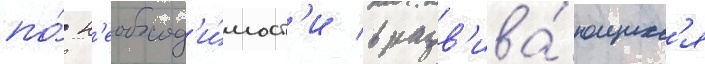
по́ н'еобход'и́мост'и в разв'ива́ющихс'я